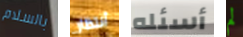
بالسلام أنتظار أسئله لم